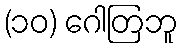
(၁၀) ဂေါတြဘူ